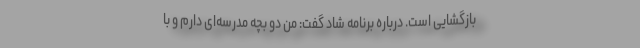
بازگشایی است. درباره برنامه شاد گفت: من دو بچه مدرسه‌ای دارم و با